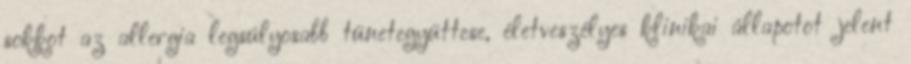
sokkot az allergia legsúlyosabb tünetegyüttese, életveszélyes klinikai állapotot jelent